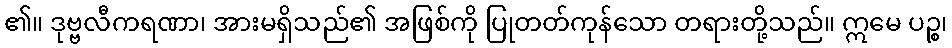
၏။ ဒုဗ္ဗလီကရဏာ၊ အားမရှိသည်၏ အဖြစ်ကို ပြုတတ်ကုန်သော တရားတို့သည်။ ဣမေ ပဉ္စ၊